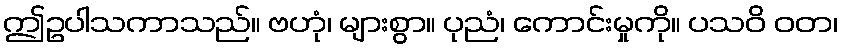
ဤဥပါသကာသည်။ ဗဟုံ၊ များစွာ။ ပုညံ၊ ကောင်းမှုကို။ ပသဝိ ဝတ၊